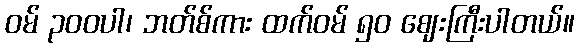
ဝမ် ၃၀၀ပါ၊ ဘတ်စ်ကား ထက်ဝမ် ၅၀ ဈေးကြီးပါတယ်။